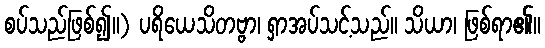
စပ်သည်ဖြစ်၍။) ပရိယေသိတဗ္ဗာ၊ ရှာအပ်သင့်သည်။ သိယာ၊ ဖြစ်ရာ၏။